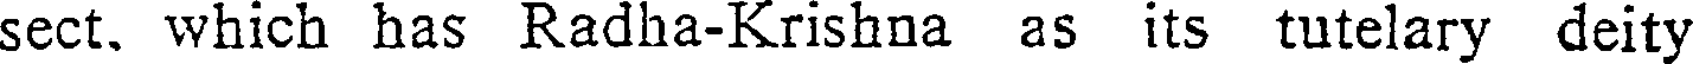
sect. which has Radha-Krishna as its tutelary deity